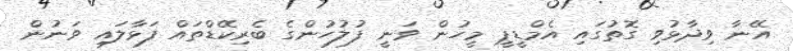
އޭނާ ވިދާޅުވި ގޮތުގައި އެމްޑީޕީ މީހުން ވަނީ ފުލުހުންގެ ބެރިކޭޑްތައް ފަޅާލައި ވަނުން